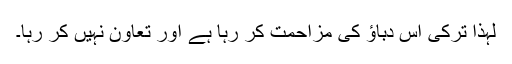
لہٰذا ترکی اس دباؤ کی مزاحمت کر رہا ہے اور تعاون نہیں کر رہا۔